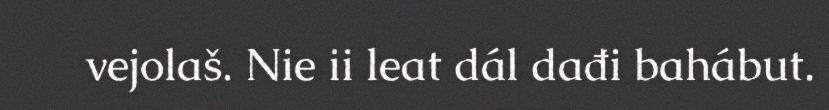
vejolaš. Nie ii leat dál dađi bahábut.